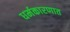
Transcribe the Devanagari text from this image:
धर्मकारणात